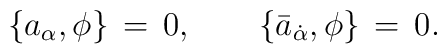
\{a_\alpha,\phi\}\,=\,0,\qquad \{\bar a_{\dot\alpha}, \phi\}\,=\,0.